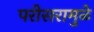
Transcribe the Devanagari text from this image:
परीसरामुळे